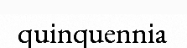
quinquennia